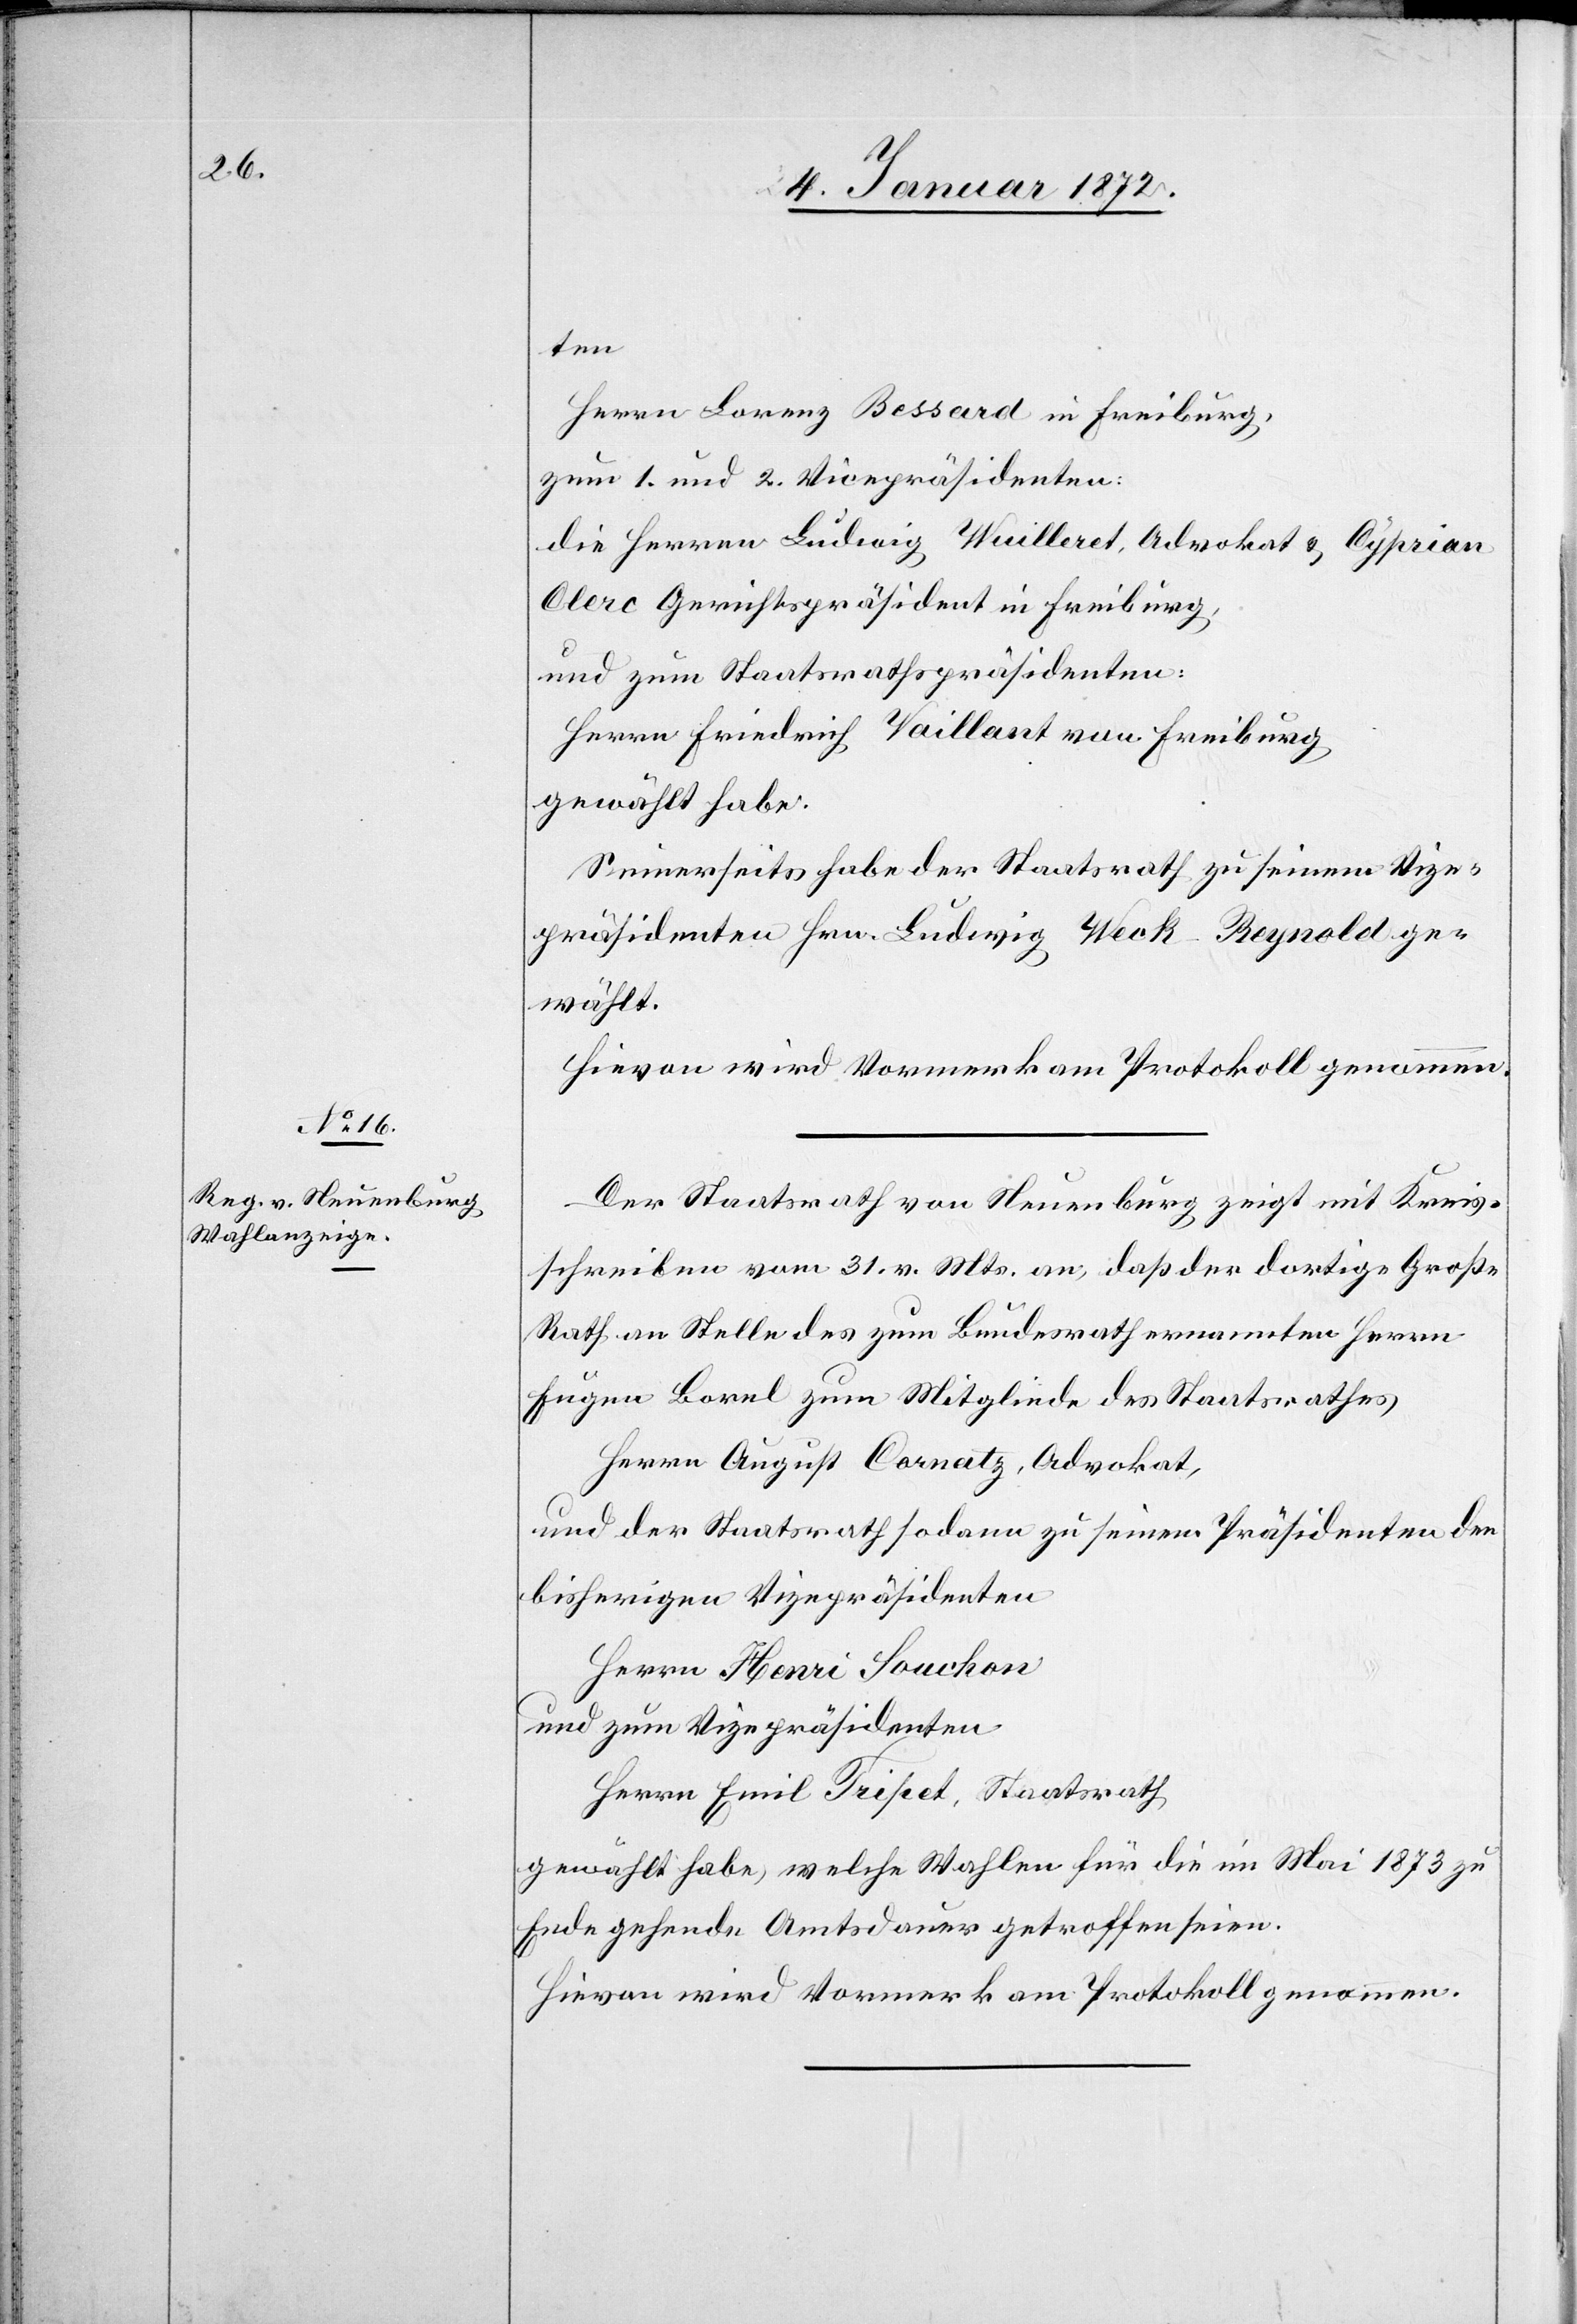
ten
Herrn Lorenz Bessard in Freiburg,
zum 1. und 2. Vicepräsidenten:
die Herren Ludwig Wuilleret, Advokat & Cyprian
Clerc Gerichtspräsident in Freiburg,
und zum Staatsrathspräsidenten:
Herrn Friedrich Vaillant von Freiburg
gewählt habe.
Seinerseits habe der Staatsrath zu seinem Vize¬
präsidenten Hrn. Ludwig Weck Reynold ge¬
wählt.
Der Staatsrath von Neuenburg zeigt mit Kreis¬
schreiben vom 31. v. Mts. an, daß der dortige Große
Rath an Stelle des zum Bundesrath ernannten Herrn
Eugen Borel zum Mitgliede des Staatsrathes
Herrn August Cornatz, Advokat,
und der Staatsrath sodann zu seinem Präsidenten den
bisherigen Vizepräsidenten
Herrn Henri Souchon
und zum Vizepräsidenten
Herrn Emil Tripet, Staatsrath
gewählt habe, welche Wahlen für die im Mai 1873 zu
Ende gehende Amtsdauer getroffen seien.
Hieran wird Vormerk am Protokoll genommen.